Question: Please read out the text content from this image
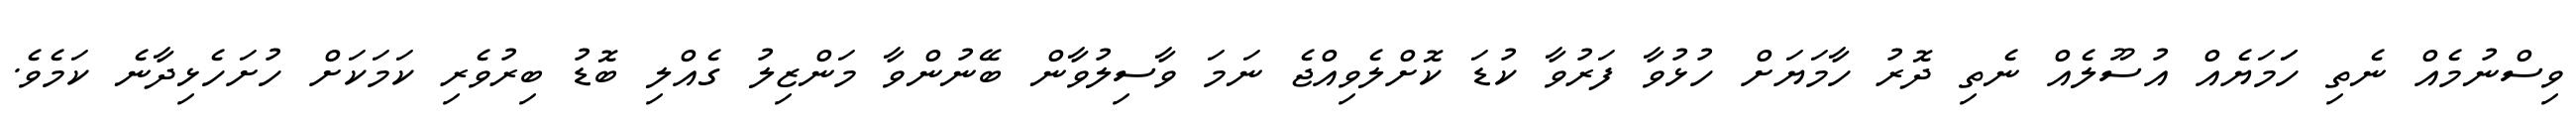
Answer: ވިސްނުމެއް ނެތި ހަަމަޔެއް އުސޫލެއް ނެތި ދޮރު ހާމަޔަށް ހުޅުވާ ފަރުވާ ކުޑަ ކޮށްލެވިއްޖެ ނަމަ ވާސިލުވާން ބޭނުންވާ މަންޒިލު ގެއްލި ބޮޑު ބިރުވެރި ކަމަކަށް ހުށަހެޅިދާނެ ކަމެވެ.